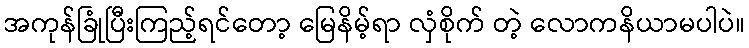
အကုန်ခြုံပြီးကြည့်ရင်တော့ မြေနိမ့်ရာ လှံစိုက် တဲ့ လောကနိယာမပါပဲ။